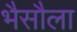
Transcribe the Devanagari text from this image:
भैसौला